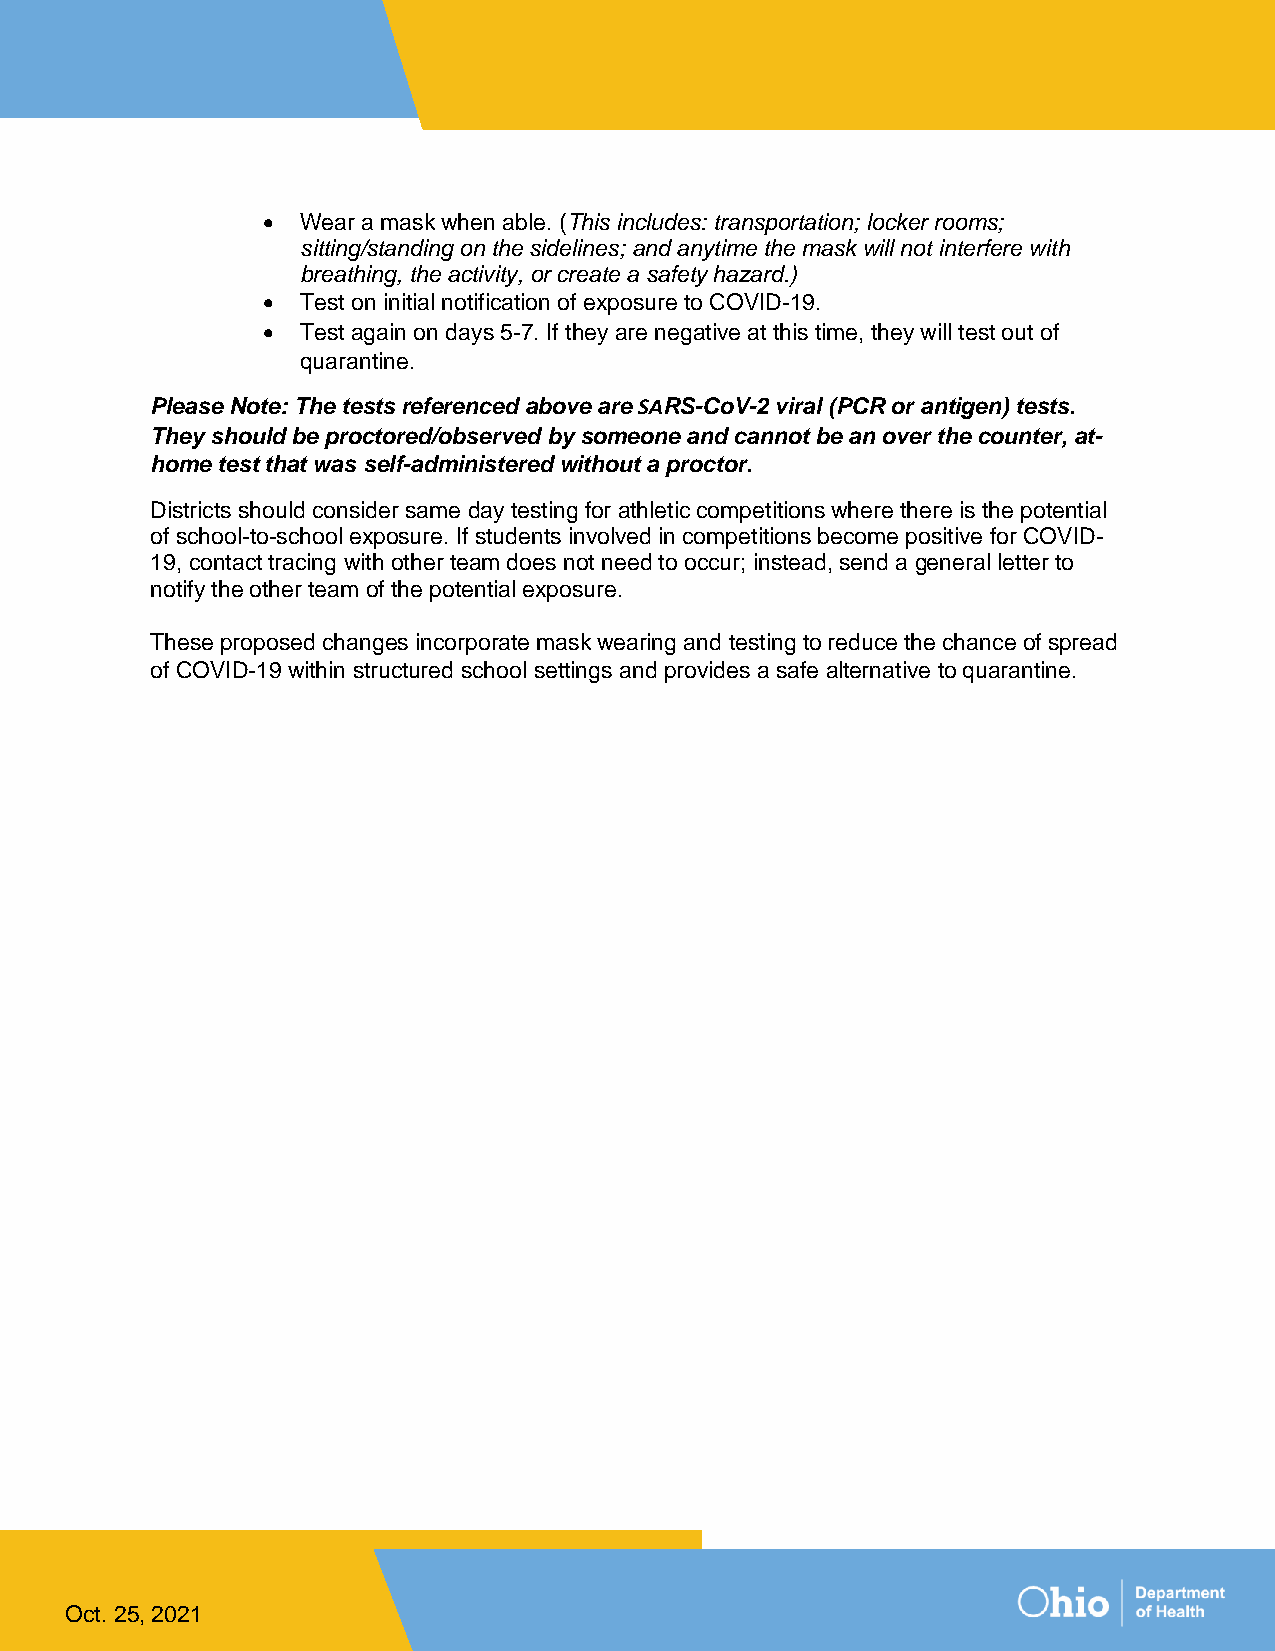
•  Wear a mask when able. (This includes: transportation; locker rooms;
 sitting/standing on the sidelines; and anytime the mask will not interfere with
 breathing, the activity, or create a safety hazard.)
 •  Test on initial notification of exposure to COVID-19.
 •  Test again on days 5-7. If they are negative at this time, they will test out of
 quarantine.
 Please Note: The tests referenced above are SARS-CoV-2 viral (PCR or antigen) tests.
 They should be proctored/observed by someone and cannot be an over the counter, at-
 home test that was self-administered without a proctor.
 Districts should consider same day testing for athletic competitions where there is the potential
 of school-to-school exposure. If students involved in competitions become positive for COVID-
 19, contact tracing with other team does not need to occur; instead, send a general letter to
 notify the other team of the potential exposure.
 These proposed changes incorporate mask wearing and testing to reduce the chance of spread
 of COVID-19 within structured school settings and provides a safe alternative to quarantine.
 Oct. 25, 2021